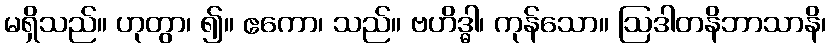
မရှိသည်။ ဟုတွာ၊ ၍။ ဧကော၊ သည်။ ဗဟိဒ္ဓါ၊ ကုန်သော။ ဩဒါတနိဘာသာနိ၊